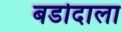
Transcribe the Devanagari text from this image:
बडोदाला